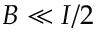
B \ll I / 2